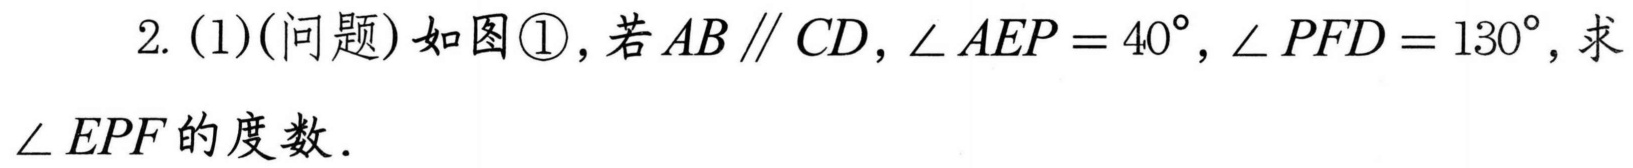
2. (1)(问题)如图\textcircled{1}，若\(AB\parallel CD\)，\(\angle AEP = 40^{\circ}\)，\(\angle PFD = 130^{\circ}\)，求\(\angle EPF\)的度数．